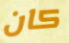
كان